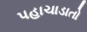
પહાચાડાતો